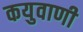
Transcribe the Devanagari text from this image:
कयुवाणी